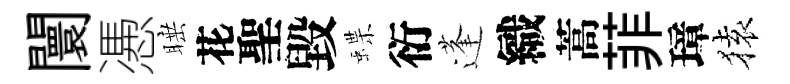
闤慿睡花聖毀蝶衍蓬織蒿菲璋𫞤